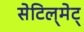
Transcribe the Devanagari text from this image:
सेटिल्‌मेट्